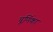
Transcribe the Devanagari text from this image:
चूर्णिका